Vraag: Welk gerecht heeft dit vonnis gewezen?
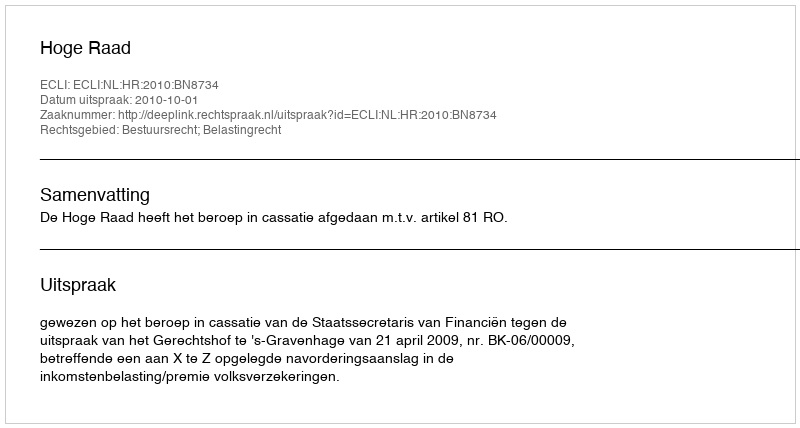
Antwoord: Hoge Raad